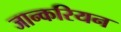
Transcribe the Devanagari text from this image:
जान्करियन